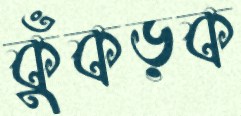
কুঁকড়ক